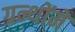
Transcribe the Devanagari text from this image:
ग्रन्थोंमें